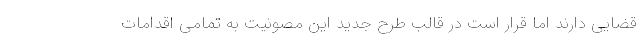
قضایی دارند اما قرار است در قالب طرح جدید این مصونیت به تمامی اقدامات